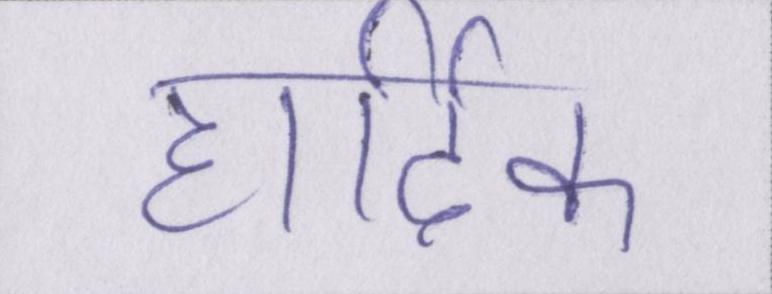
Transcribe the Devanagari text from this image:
हार्दिक